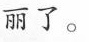
丽了。